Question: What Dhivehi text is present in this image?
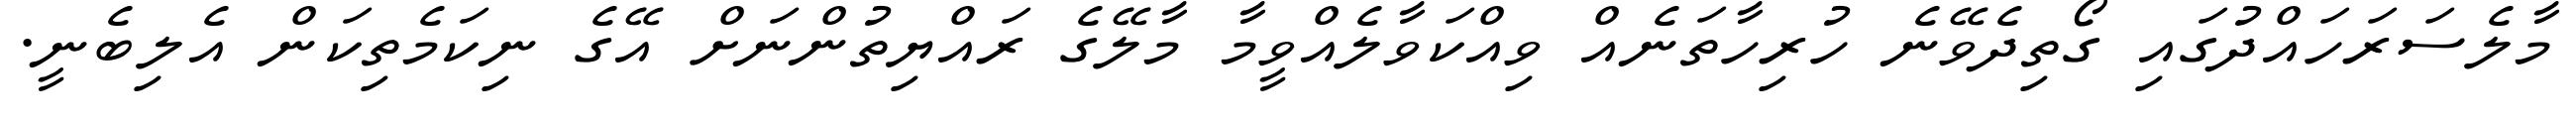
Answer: މާލެސަރަހައްދުގައި ގޯތިދެވޭނެ ހުރިހާތަނެއް ވިއްކަވާލެއްވީމާ މާލޭގެ ރައްޔިތުންނަށް އޭގެ ނިކަމެތިކަން އެލިބެނީ.